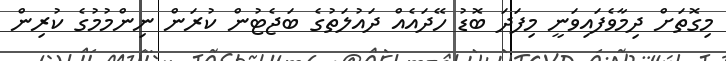
މިގޮތަށް ދިމާވެފައިވަނީ މިފަދަ ބޮޑު ހޭދައެއް ދައުލަތުގެ ބަޖެޓުން ކުރަން ނިންމުމުގެ ކުރިން